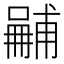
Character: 𠿽